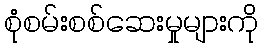
စုံစမ်းစစ်ဆေးမှုများကို